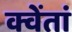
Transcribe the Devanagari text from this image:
क्वेंतां